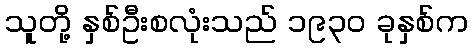
သူတို့ နှစ်ဦးစလုံးသည် ၁၉၃၀ ခုနှစ်က